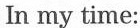
In my time: